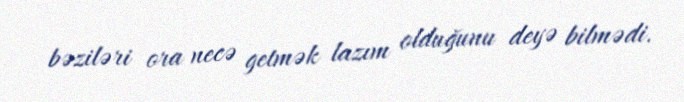
bəziləri ora necə getmək lazım olduğunu deyə bilmədi.